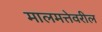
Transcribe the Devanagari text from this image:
मालमत्तेवरील